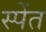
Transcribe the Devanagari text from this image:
स्पेंत